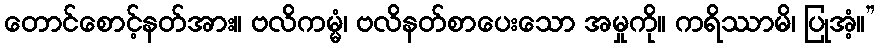
တောင်စောင့်နတ်အား။ ဗလိကမ္မံ၊ ဗလိနတ်စာပေးသော အမှုကို။ ကရိဿာမိ၊ ပြုအံ့။”